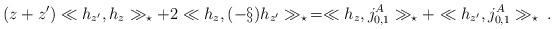
LaTeX: \begin{align*} (z+z') \ll h_{z'},h_{z}\gg_{\star}+ 2\ll h_{z}, (- \S)h_{z'}\gg_{\star}\, =\ll h_{z},j_{0,1}^A\gg_{\star} + \ll h_{z'},j_{0,1}^A\gg_{\star}\; . \end{align*}